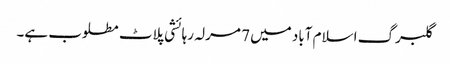
گلبرگ اسلام آباد میں 7 مرلہ رہائشی پلاٹ مطلوب ہے۔